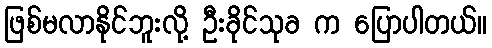
ဖြစ်မလာနိုင်ဘူးလို့ ဦးခိုင်သုခ က ပြောပါတယ်။